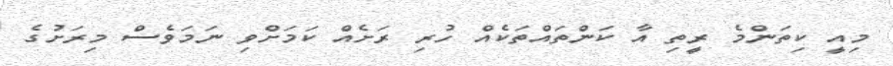
މިއީ ކިތަންމެ ރީތި އާ ކަންތައްތަކެއް ހުރި ރަށެއް ކަމަށްވި ނަމަވެސް މިރަށުގެ